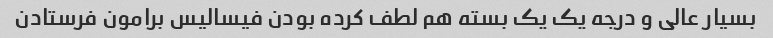
بسیار عالی و درجه یک یک بسته هم لطف کرده بودن فیسالیس برامون فرستادن